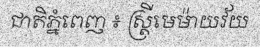
ជាតិភ្នំពេញ ៖ ស្ត្រីមេម៉ាយវ័យ